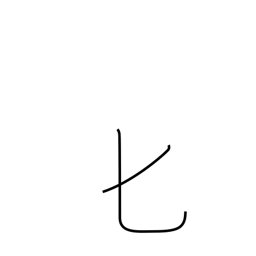
Meaning: spoon or katakana hi radical (no. 21)